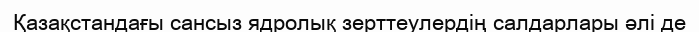
Қазақстандағы сансыз ядролық зерттеулердің салдарлары әлі де